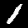
Digit: 1